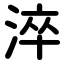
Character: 淬